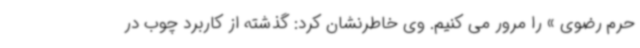
حرم رضوی » را مرور می کنیم. وی خاطرنشان کرد: گذشته از کاربرد چوب در